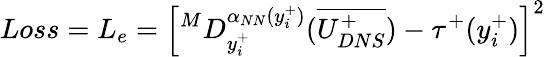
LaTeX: Loss=L_{e}=\left[^MD_{y_{i}^{+}}^{\alpha_{NN}(y_{i}^{+})}(\overline{{U_{DNS}^{+}}})-\tau^{+}(y_{i}^{+})\right]^{2}